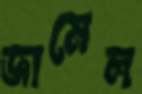
জামেল